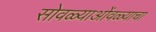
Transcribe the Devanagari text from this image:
सोवळ्याओंवळ्याचा